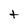
Character: t